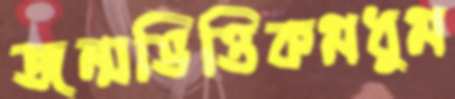
জন্মভিত্তিকমধুম